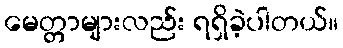
မေတ္တာများလည်း ရရှိခဲ့ပါတယ်။